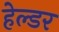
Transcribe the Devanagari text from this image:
हेल्डर